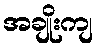
အချိုးကျ